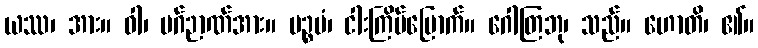
ယဿ၊ အား။ ဝါ၊ မဂ်ဉာဏ်အား။ ပဉ္စမံ၊ ငါးကြိမ်မြောက်။ ဂေါတြဘု၊ သည်။ ဟောတိ၊ ၏။